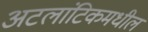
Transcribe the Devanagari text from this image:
अटलांटिकमधील